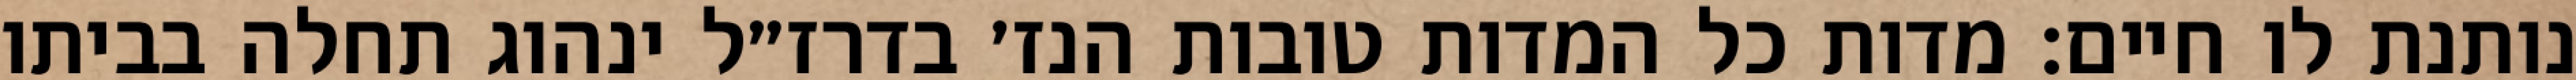
נותנת לו חיים: מדות כל המדות טובות הנז׳ בדרז״ל ינהוג תחלה בביתו